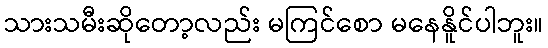
သားသမီးဆိုတော့လည်း မကြင်စော မနေနိူင်ပါဘူး။